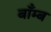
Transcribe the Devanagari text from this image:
बाँम्ब